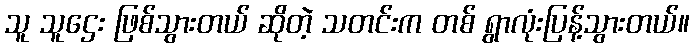
သူ သူဌေး ဖြစ်သွားတယ် ဆိုတဲ့ သတင်းက တစ် ရွာလုံးပြန့်သွားတယ်။